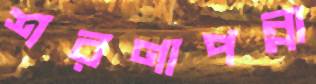
শরণাপন্না